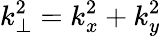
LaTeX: k_{\perp}^{2}=k_{x}^{2}+k_{y}^{2}